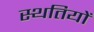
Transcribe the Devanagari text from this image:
स्थतियों